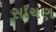
સાચણ